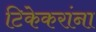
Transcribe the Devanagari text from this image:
टिकेकरांना